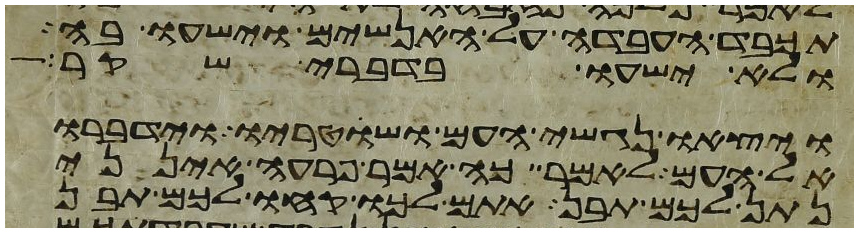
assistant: תכבד העבדה על האנשים וישעו בה
ולא ישעו בדברי שקר
ויצאו נגשי העם ושוטריו וידברו
אל העם לאמר כה אמר פרעה אינני
נתן לכם תבן אתם לכו קחו לכם תבן